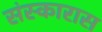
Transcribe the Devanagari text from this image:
संस्कारास